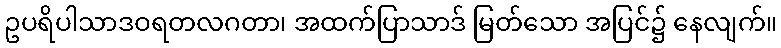
ဥပရိပါသာဒဝရတလဂတာ၊ အထက်ပြာသာဒ် မြတ်သော အပြင်၌ နေလျက်။